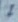
Text: 7